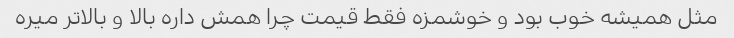
مثل همیشه خوب بود و خوشمزه فقط قیمت چرا همش داره بالا و بالاتر میره